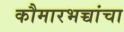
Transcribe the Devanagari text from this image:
कौमारभच्चांचा